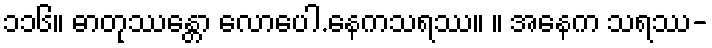
၁၁၆။ ဓာတုဿန္တော လောပေါ.နေကသရဿ။ ။ အနေက သရဿ-